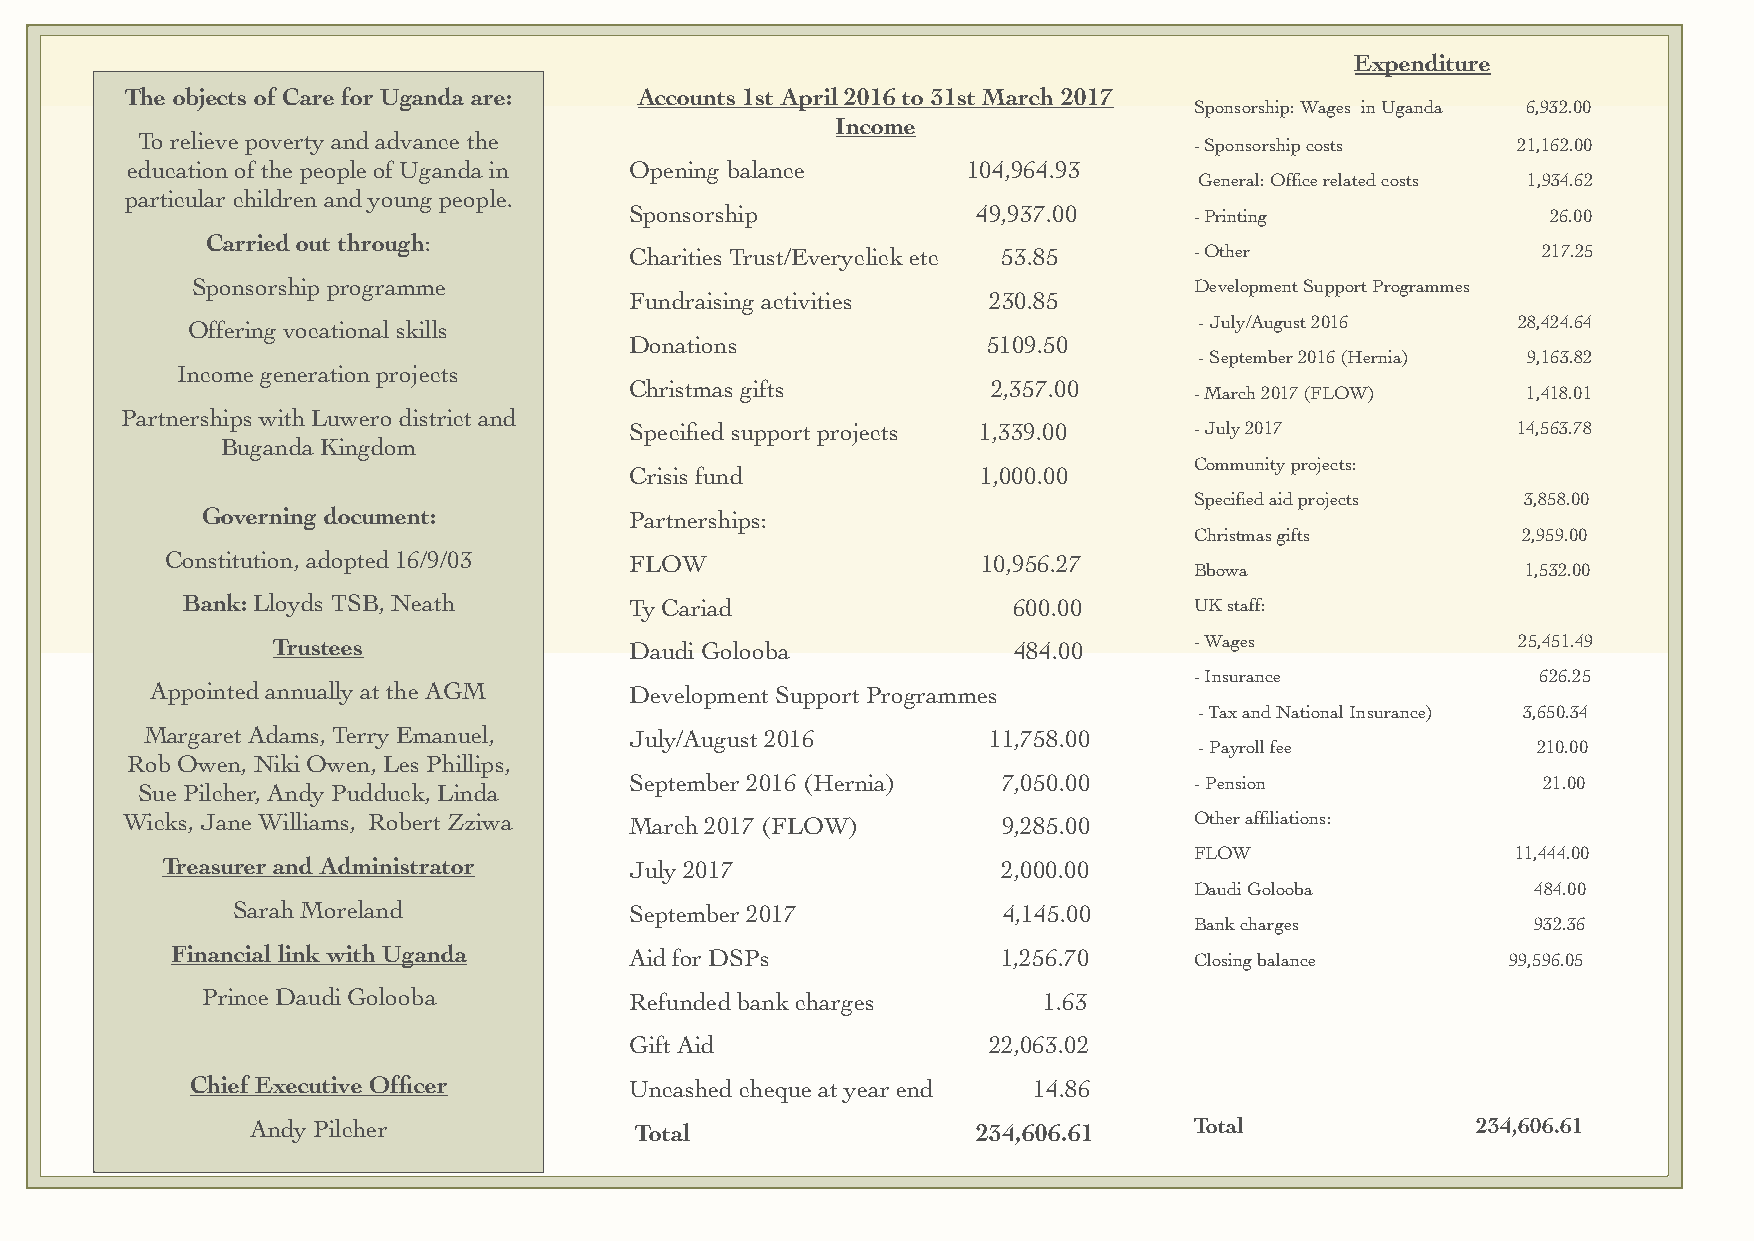
Expenditure
 The objects of Care for Uganda are: Accounts 1st April 2016 to 31st March 2017
 Sponsorship: Wages in Uganda 6,932.00
 Income
 To relieve poverty and advance the
 -Sponsorship costs   21,162.00
 education of the people of Uganda in Opening balance    104,964.93
 Ge neral: Office related costs 1,934.62
 particular children and young people.
 Sponsorship            49,937.00     -Printing               26.00
 Carried out through:
 Charities Trust/Everyclick etc 53.85 -Other                 217.25
 Sponsorship programme                                             Development Support Programmes
 Fundraising activities  230.85
 Offering vocational skills                                         - July/August 2016   28,424.64
 Donations              5109.50
 - September 2016 (Hernia) 9,163.82
 Income generation projects
 Christmas gifts         2,357.00
 -March 2017 (FLOW)    1,418.01
 Partnerships with Luwero district and
 Specified support projects 1,339.00  -July 2017           14,563.78
 Buganda Kingdom
 Community projects:
 Crisis fund            1,000.00
 Specified aid projects 3,858.00
 Governing document:          Partnerships:
 Christmas gifts       2,959.00
 Constitution, adopted 16/9/03  FLOW                   10,956.27
 Bbowa                 1,532.00
 Bank: Lloyds TSB, Neath       Ty Cariad                600.00      UK staff:
 Trustees                Daudi Golooba            484.00      -Wages                25,451.49
 -Insurance             626.25
 Appointed annually at the AGM   Development Support Programmes
 - Tax and National Insurance) 3,650.34
 Margaret Adams, Terry Emanuel,  July/August 2016        11,758.00
 - Payroll fee          210.00
 Rob Owen, Niki Owen, Les Phillips,
 September 2016 (Hernia) 7,050.00     - Pension              21.00
 Sue Pilcher, Andy Pudduck, Linda
 Wicks, Jane Williams, Robert Zziwa March 2017 (FLOW)      9,285.00     Other affiliations:
 FLOW                 11,444.00
 Treasurer and Administrator    July 2017               2,000.00
 Daudi Golooba          484.00
 Sarah Moreland             September 2017          4,145.00
 Bank charges           932.36
 Financial link with Uganda     Aid for DSPs            1,256.70     Closing balance      99,596.05
 Prince Daudi Golooba         Refunded bank charges      1.63
 Gift Aid                22,063.02
 Chief Executive Officer      Uncashed cheque at year end 14.86
 Andy Pilcher             Total                  234,606.61    Total              234,606.61